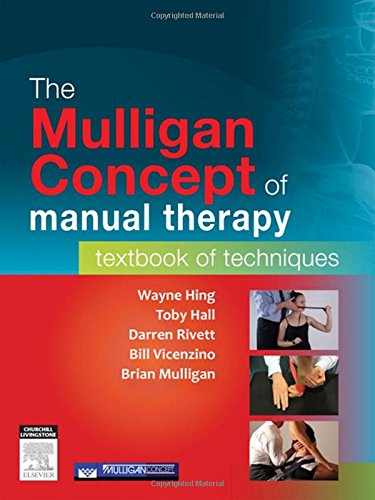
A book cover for The Mulligan Concept of Manual Therapy: Textbook of Techniques, 1e; Wayne Hing PhD  MSc(Hons)  ADP(OMT)  DipMT  Dip Phys  FNZCP; Medical Books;